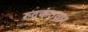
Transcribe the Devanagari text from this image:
रुद्रकंठवार